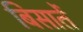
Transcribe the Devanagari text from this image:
बिसातें